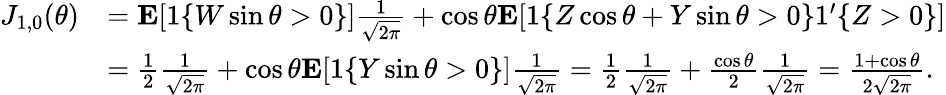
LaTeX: \begin{array}{rl}{J_{1,0}(\theta)}&{=\mathbf{E}[1\{ W\sin\theta>0\} ]\frac{1}{\sqrt{2\pi}}+\cos\theta\mathbf{E}[1\{ Z\cos\theta+Y\sin\theta>0\} 1^{\prime}\{ Z>0\} ]}\\ &{=\frac{1}{2}\frac{1}{\sqrt{2\pi}}+\cos\theta\mathbf{E}[1\{ Y\sin\theta>0\} ]\frac{1}{\sqrt{2\pi}}=\frac{1}{2}\frac{1}{\sqrt{2\pi}}+\frac{\cos\theta}{2}\frac{1}{\sqrt{2\pi}}=\frac{1+\cos\theta}{2\sqrt{2\pi}}.}\end{array}